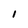
Character: 1